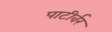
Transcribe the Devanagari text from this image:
पाटीर्वर